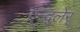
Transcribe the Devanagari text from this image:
एन्द्लेर्